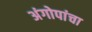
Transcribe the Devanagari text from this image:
अंगोपांचा